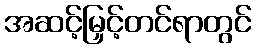
အဆင့်မြှင့်တင်ရာတွင်